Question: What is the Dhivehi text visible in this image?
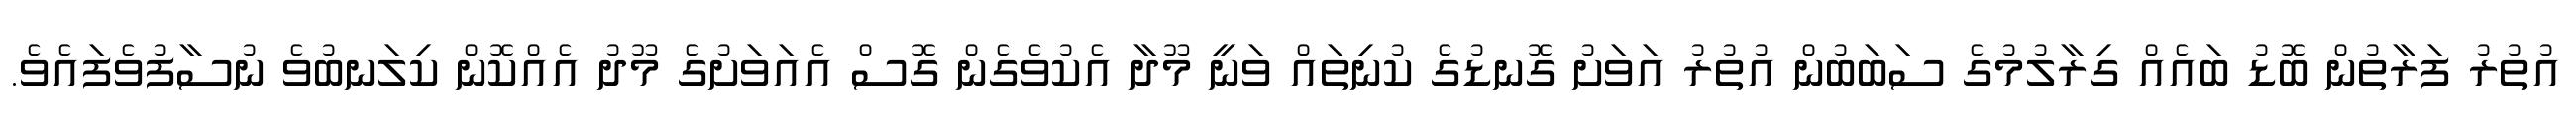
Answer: އުތުރު ފަރާތުން ބޮޑު ބައެއް ގިރާލުމުގެ ސަބަބުން އުތުރު އަވަށު ގޮނޑުގެ ކުނިތައް ވަނީ މޫދާ އެކުވެގެން ގޮސް އެއަވަށުގެ މޫދު އެއްކޮން ކިލަނބުވެ ނުސާފުވެފައެވެ.